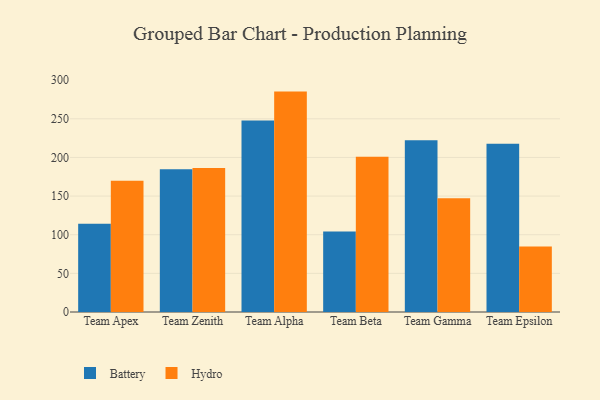
{"axis": {"x": "Team", "y": "Temperature (°C)"}, "legend": ["Battery", "Hydro"], "data": [{"x": "Team Apex", "y": 114.1, "type": "Battery"}, {"x": "Team Apex", "y": 169.7, "type": "Hydro"}, {"x": "Team Zenith", "y": 184.8, "type": "Battery"}, {"x": "Team Zenith", "y": 186.3, "type": "Hydro"}, {"x": "Team Alpha", "y": 247.7, "type": "Battery"}, {"x": "Team Alpha", "y": 285.2, "type": "Hydro"}, {"x": "Team Beta", "y": 104.3, "type": "Battery"}, {"x": "Team Beta", "y": 201.0, "type": "Hydro"}, {"x": "Team Gamma", "y": 222.2, "type": "Battery"}, {"x": "Team Gamma", "y": 147.2, "type": "Hydro"}, {"x": "Team Epsilon", "y": 217.8, "type": "Battery"}, {"x": "Team Epsilon", "y": 84.7, "type": "Hydro"}]}